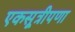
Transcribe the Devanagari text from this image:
एकसूत्रीपणा